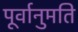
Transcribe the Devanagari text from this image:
पूर्वानुमति